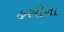
હસીના